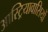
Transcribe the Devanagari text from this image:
आस्ट्रियावासियों